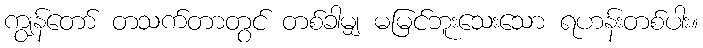
ကျွန်တော် တသက်တာတွင် တစ်ခါမျှ မမြင်ဘူးသေးသော ရဟန်းတစ်ပါး။